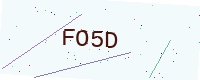
Text: FO5D